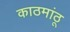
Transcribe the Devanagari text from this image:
काठमांठू